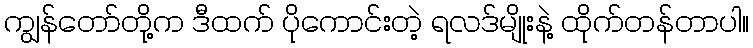
ကျွန်တော်တို့က ဒီထက် ပိုကောင်းတဲ့ ရလဒ်မျိုးနဲ့ ထိုက်တန်တာပါ။